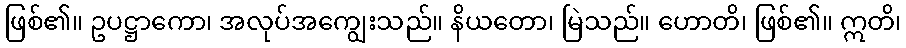
ဖြစ်၏။ ဥပဋ္ဌာကော၊ အလုပ်အကျွေးသည်။ နိယတော၊ မြဲသည်။ ဟောတိ၊ ဖြစ်၏။ ဣတိ၊